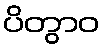
ပိတွာဝ